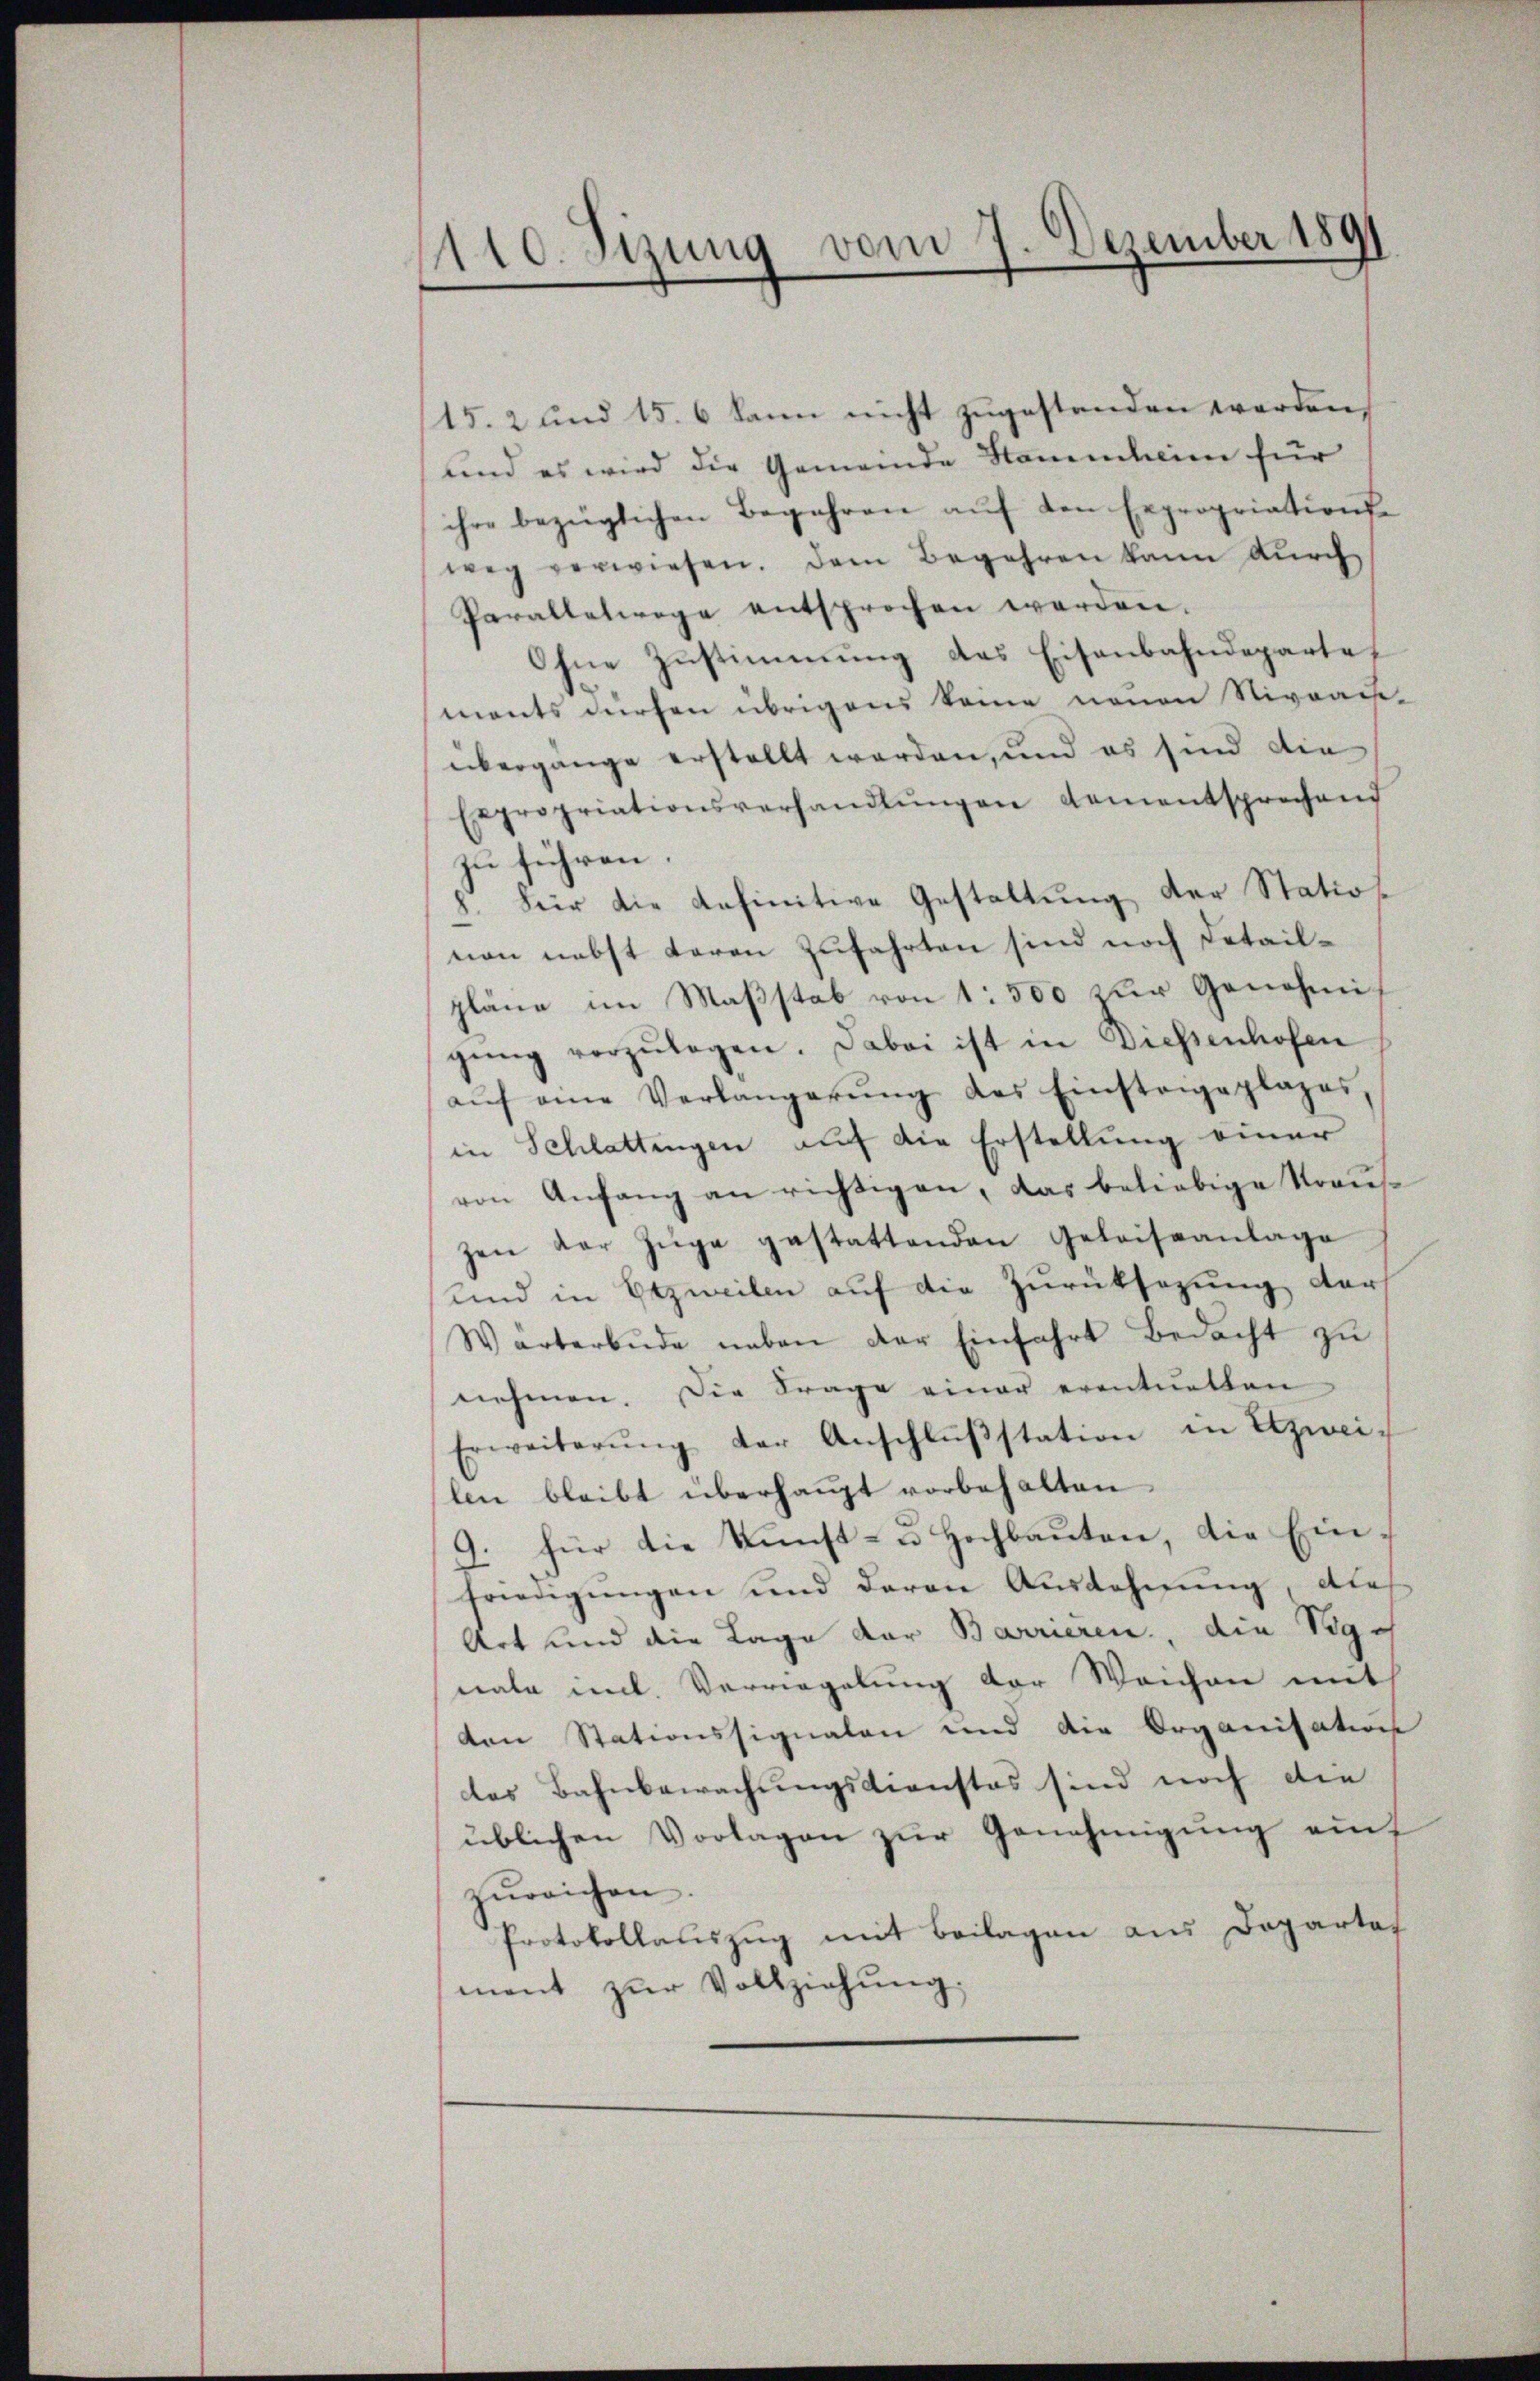
1110. Sizung vom 7. Dezember 1891
f
.

15. 2 und 15. 6 kann nicht zugestanden werden.
und es wird die Gemeinde Stammheim für
ihre bezüglichen Begehren aŭf den Expropriations-
weg verwiesen. Dem Begehren kann dŭrch
Paralletwege entsprochen werden.
Ohne Zustimmung des Eisenbahndepartet
ments dürfen übrigens keine neuen Niveack-
übergange erstellt werden, und es sind die
Expropriationsverhandlŭngen gementsprochend
zu führen.
8. Für die definitive Gestaltung der Statio
non nebst daren Zufahrten sind noch Detailpläne im Maßstab von 1 500 zur Genehmigŭng vorzŭlegen. Dabei ist in Diessenhofen
aŭf eine Verlangerŭng des Einsteigeplages
in Schlattingen auf die Erstellung einer
von Anfang an richtigen, das beliebige Strauszen der Züge gestattenden Geleiseanlage
Kind in Erzweilen auf die Zurüksezung der
Warterbŭde neben der Einfahrt Bedacht zu
nehmen. Die Frage einer eventuellen
Erweiterŭng der Anschlŭβstation in Erzweilen bleibt überhaupt vorbehalten
9. für die Kunst- u. Hochbauten, die Einfriedigungen und deren Ausdehnung, dies
Art und die Lage der Barrieren, die Vignata incl. Verriegelung der Weichen mit
den Stationssignalen und die Organisation
das Bahnbewachungsdienstes sind noch die
üblichen Vorlagen zur Genehmigung auf
zŭreichen.
Protokollauszug mit Beilagen aus Departet
ment zŭr Vollziehŭng.